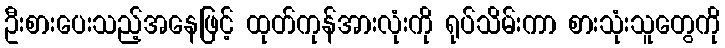
ဦးစားပေးသည့်အနေဖြင့် ထုတ်ကုန်အားလုံးကို ရုပ်သိမ်းကာ စားသုံးသူတွေကို